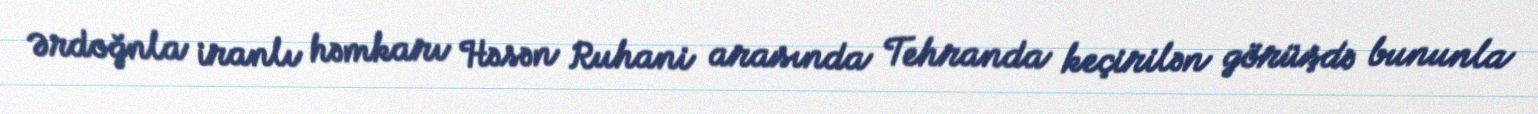
Ərdoğnla iranlı həmkarı Həsən Ruhani arasında Tehranda keçirilən görüşdə bununla